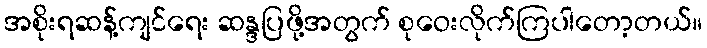
အစိုးရဆန့်ကျင်ရေး ဆန္ဒပြဖို့အတွက် စုဝေးလိုက်ကြပါတော့တယ်။